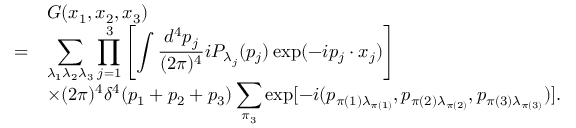
\begin{array} { r l } { { } } & { { G ( x _ { 1 } , x _ { 2 } , x _ { 3 } ) } } \\ { { = } } & { { \displaystyle \sum _ { \lambda _ { 1 } \lambda _ { 2 } \lambda _ { 3 } } \prod _ { j = 1 } ^ { 3 } \left[ \int \frac { d ^ { 4 } p _ { j } } { ( 2 \pi ) ^ { 4 } } i P _ { \lambda _ { j } } ( p _ { j } ) \exp ( - i p _ { j } \cdot x _ { j } ) \right] } } \\ { { } } & { { \displaystyle \times ( 2 \pi ) ^ { 4 } \delta ^ { 4 } ( p _ { 1 } + p _ { 2 } + p _ { 3 } ) \sum _ { \pi _ { 3 } } \exp [ - i ( p _ { \pi ( 1 ) \lambda _ { \pi ( 1 ) } } , p _ { \pi ( 2 ) \lambda _ { \pi ( 2 ) } } , p _ { \pi ( 3 ) \lambda _ { \pi ( 3 ) } } ) ] . } } \end{array}